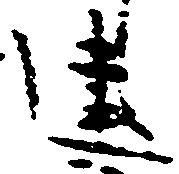
建